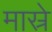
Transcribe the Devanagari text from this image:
मास्रे